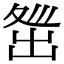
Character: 𡕜